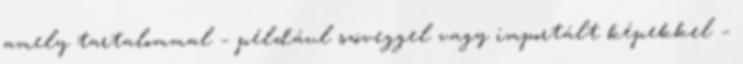
amely tartalommal – például szöveggel vagy importált képekkel –